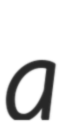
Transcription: a